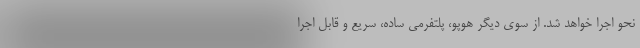
نحو اجرا خواهد شد. از سوی دیگر هوپو، پلتفرمی ساده، سریع و قابل اجرا